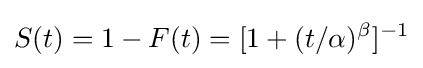
S(t)=1-F(t)=[1+(t/\alpha )^{\beta }]^{-1}